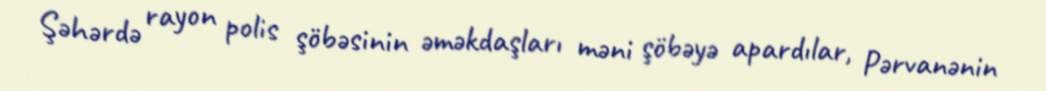
Şəhərdə rayon polis şöbəsinin əməkdaşları məni şöbəyə apardılar, Pərvanənin